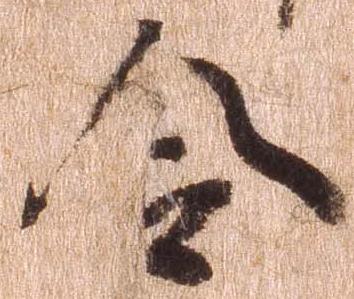
令